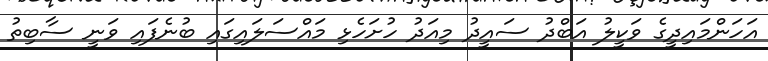
އަހަންމައިދީގެ ވަކީލު އަބްދު ސައީދު މިއަދު ހުށަހެޅި މައްސަލައިގައި ބުނެފައި ވަނީ ސާބިތު